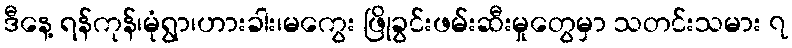
ဒီနေ့ ရန်ကုန်၊မုံရွာ၊ဟားခါး၊မကွေး ဖြိုခွင်းဖမ်းဆီးမှုတွေမှာ သတင်းသမား ၇